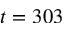
t = 3 0 3